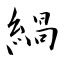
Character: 緺